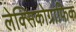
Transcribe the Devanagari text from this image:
लेक्सिकोग्राफिक